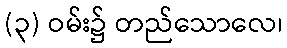
(၃) ဝမ်း၌ တည်သောလေ၊